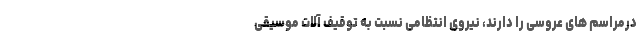
درمراسم های عروسی را دارند، نیروی انتظامی نسبت به توقیف آلات موسیقی